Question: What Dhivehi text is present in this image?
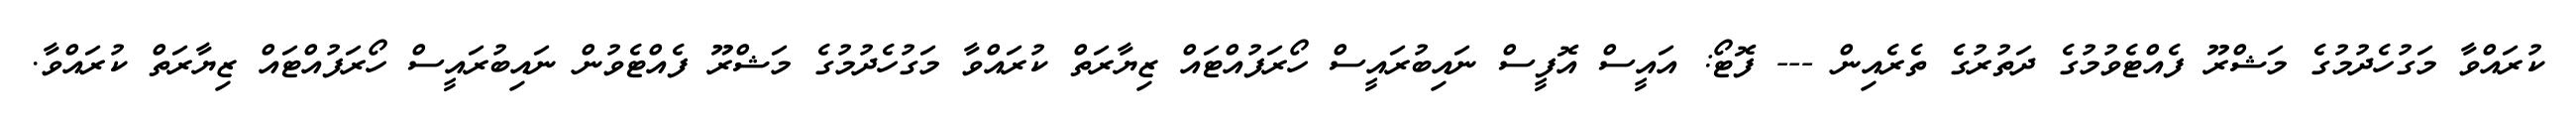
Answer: ކުރައްވާ މަގުހެދުމުގެ މަޝްރޫ ފެއްޓެވުމުގެ ދަތުރުގެ ތެރެއިން --- ފޮޓޯ: އައީސް އޮފީސް ނައިބުރައީސް ހޯރަފުއްޓައް ޒިޔާރަތް ކުރައްވާ މަގުހެދުމުގެ މަޝްރޫ ފެއްޓެވުން ނައިބުރައީސް ހޯރަފުއްޓައް ޒިޔާރަތް ކުރައްވާ.